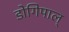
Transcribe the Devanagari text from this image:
डोगिपाल्